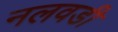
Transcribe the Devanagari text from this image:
नलवडी